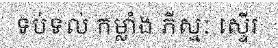
ទប់ទល់ កម្លាំង ភីស្មៈ ស្ទើរ